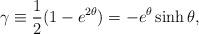
\begin{align*}\gamma \equiv {1\over 2}(1-e^{2\theta})=-e^{\theta}\sinh \theta ,\end{align*}